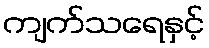
ကျက်သရေနှင့်